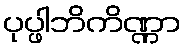
ပုပ္ဖါဘိကိဏ္ဏာ